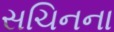
સચિનના